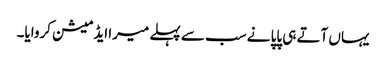
یہاں آتے ہی پاپا نے سب سے پہلے میرا ایڈمیشن کروایا۔